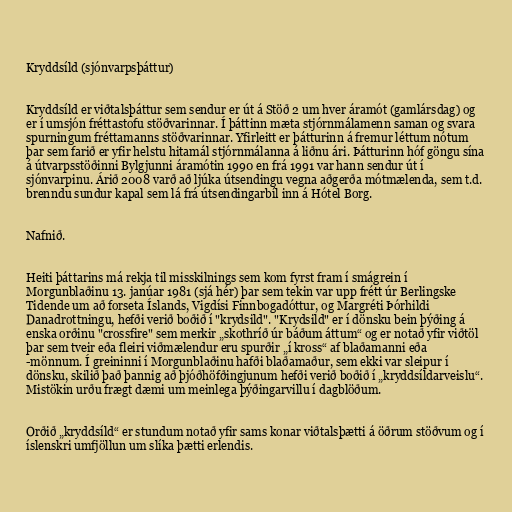
Kryddsíld (sjónvarpsþáttur)

Kryddsíld er viðtalsþáttur sem sendur er út á Stöð 2 um hver áramót (gamlársdag) og
er í umsjón fréttastofu stöðvarinnar. Í þáttinn mæta stjórnmálamenn saman og svara
spurningum fréttamanns stöðvarinnar. Yfirleitt er þátturinn á fremur léttum nótum
þar sem farið er yfir helstu hitamál stjórnmálanna á liðnu ári. Þátturinn hóf göngu sína
á útvarpsstöðinni Bylgjunni áramótin 1990 en frá 1991 var hann sendur út í
sjónvarpinu. Árið 2008 varð að ljúka útsendingu vegna aðgerða mótmælenda, sem t.d.
brenndu sundur kapal sem lá frá útsendingarbíl inn á Hótel Borg.

Nafnið.

Heiti þáttarins má rekja til misskilnings sem kom fyrst fram í smágrein í
Morgunblaðinu 13. janúar 1981 (sjá hér) þar sem tekin var upp frétt úr Berlingske
Tidende um að forseta Íslands, Vigdísi Finnbogadóttur, og Margréti Þórhildi
Danadrottningu, hefði verið boðið í "krydsild". "Krydsild" er í dönsku bein þýðing á
enska orðinu "crossfire" sem merkir „skothríð úr báðum áttum“ og er notað yfir viðtöl
þar sem tveir eða fleiri viðmælendur eru spurðir „í kross“ af blaðamanni eða
-mönnum. Í greininni í Morgunblaðinu hafði blaðamaður, sem ekki var sleipur í
dönsku, skilið það þannig að þjóðhöfðingjunum hefði verið boðið í „kryddsíldarveislu“.
Mistökin urðu frægt dæmi um meinlega þýðingarvillu í dagblöðum.

Orðið „kryddsíld“ er stundum notað yfir sams konar viðtalsþætti á öðrum stöðvum og í
íslenskri umfjöllun um slíka þætti erlendis.